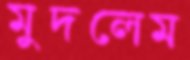
মুদলেম